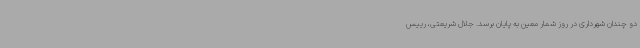
دو چندان شهرداری در روز شمار معین به پایان برسد. جلال شریعتی، رییس